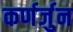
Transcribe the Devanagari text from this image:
कर्णर्जुन